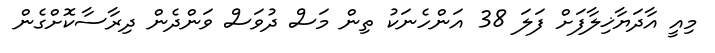
މިއީ އާދަޔާޚިލާފަށް ފަލަ 38 އަންހެނަކު ތިން މަސް ދުވަސް ވަންދެން ދިރާސާކޮށްގެން